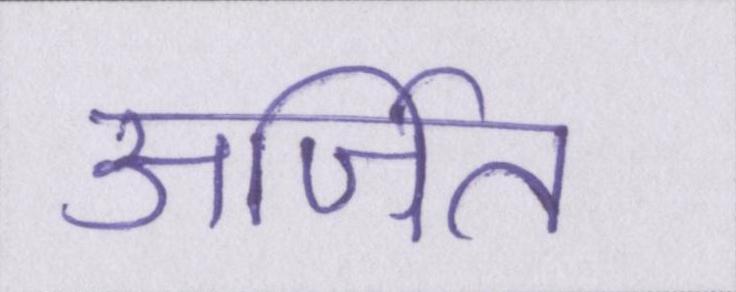
अर्जित